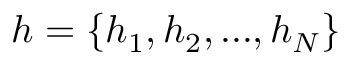
\boldsymbol { h } = \{ h _ { 1 } , h _ { 2 } , . . . , h _ { N } \}